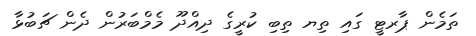
ތަމެން ޕާރޓީ ގައި ތިޔ ތިބި ކުރީގެ ދިއްދޫ މެމްބަރުން ދެން ޗަބުޅާ